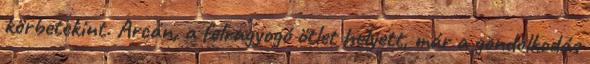
körbetekint. Arcán, a felragyogó ötlet helyett, már a gondolkodás